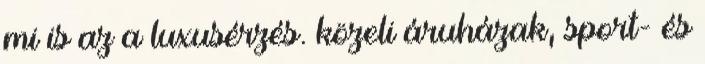
mi is az a luxusérzés. közeli áruházak, sport- és